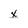
Character: x